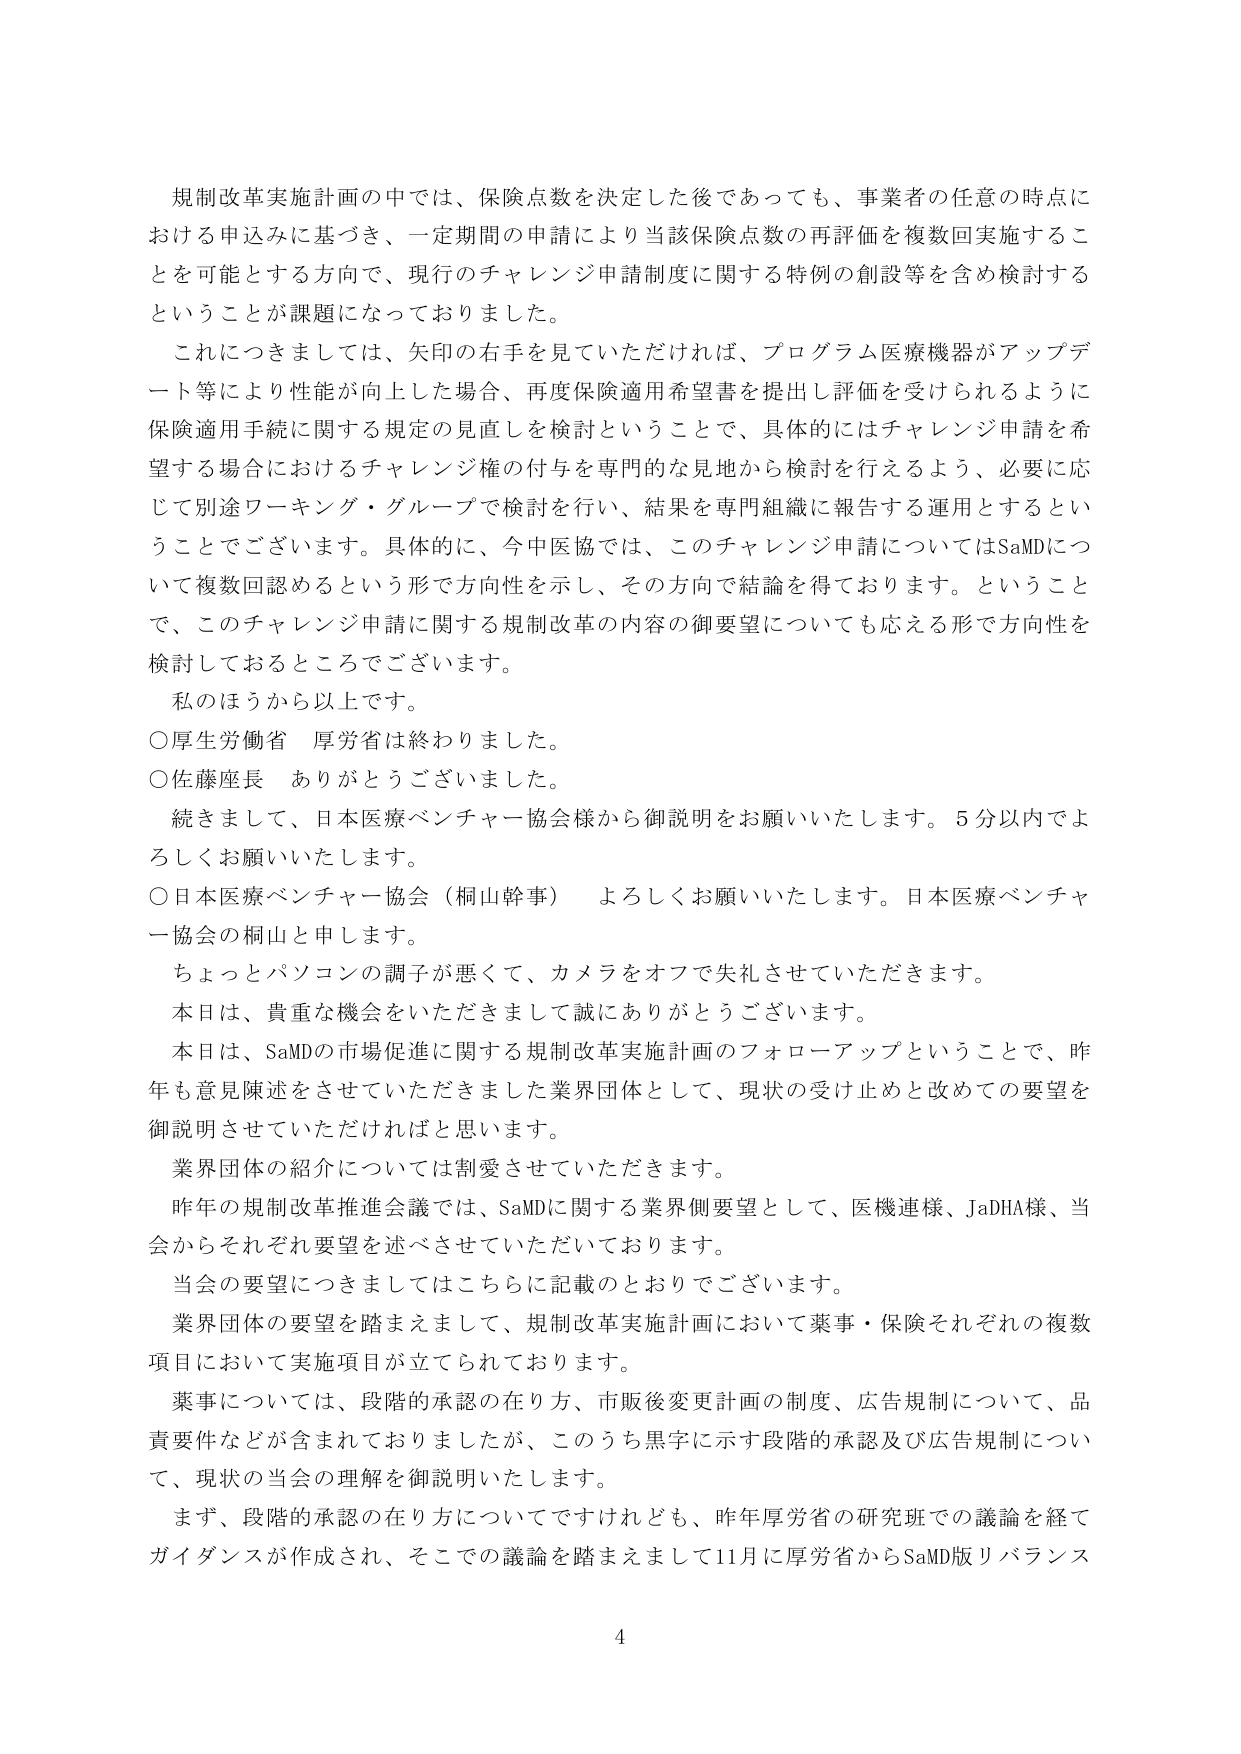
規制改革実施計画の中では、保険点数を決定した後であっても、事業者の任意の時点における申込みに基づき、一定期間の申請により当該保険点数の再評価を複数回実施することを可能とする方向で、現行のチャレンジ申請制度に関する特例の創設等を含め検討するということが課題になっておりました。

これにつきましては、矢印の右手を見ていただければ、プログラム医療機器がアップデート等により性能が向上した場合、再度保険適用希望書を提出し評価を受けられるように保険適用手続に関する規定の見直しを検討ということで、具体的にはチャレンジ申請を希望する場合におけるチャレンジ権の付与を専門的な見地から検討を行えるよう、必要に応じて別途ワーキング・グループで検討を行い、結果を専門組織に報告する運用とすることとでございます。具体的に、今中医協では、このチャレンジ申請についてはSaMDについて複数回認めるという形で方向性を示し、その方向で結論を得ております。ということで、このチャレンジ申請に関する規制改革の内容の御要望についても応える形で方向性を検討しておるところでございます。

私のほうから以上です。

○厚生労働省　厚労省は終わりました。

○佐藤座長　ありがとうございました。

続きまして、日本医療ベンチャー協会様から御説明をお願いいたします。5分以内でよろしくお願いいたします。

○日本医療ベンチャー協会（桐山幹事）　よろしくお願いいたします。日本医療ベンチャー協会の桐山と申します。

ちょっとパソコンの調子が悪くて、カメラをオフで失礼させていただきます。

本日は、貴重な機会をいただきまして誠にありがとうございます。

本日は、SaMDの市場促進に関する規制改革実施計画のフォローアップということで、昨年も意見陳述をさせていただきました業界団体として、現状の受け止めと改めての要望を御説明させていただければと思います。

業界団体の紹介については割愛させていただきます。

昨年の規制改革推進会議では、SaMDに関する業界側要望として、医機連様、JaDHA様、当会からそれぞれ要望を述べさせていただいております。

当会の要望につきましてはこちらに記載のとおりでございます。

業界団体の要望を踏まえまして、規制改革実施計画において薬事・保険それぞれの複数項目において実施項目が立てられております。

薬事については、段階的承認の在り方、市販後変更計画の制度、広告規制について、品質要件などが含まれておりましたが、このうち黒字に示す段階的承認及び広告規制について、現状の当会の理解を御説明いたします。

まず、段階的承認の在り方についてですけれども、昨年厚労省の研究班での議論を経てガイダンスが作成され、そこでの議論を踏まえまして11月に厚労省からSaMD版リバランス

4